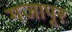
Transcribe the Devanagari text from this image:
गजापूर